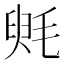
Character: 𣮵